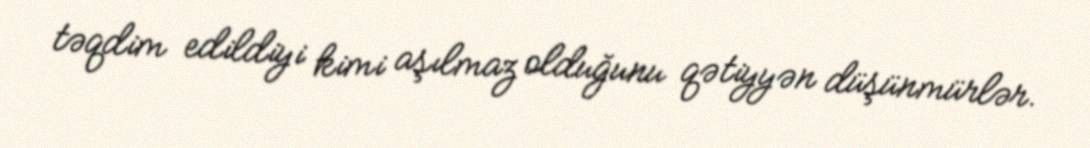
təqdim edildiyi kimi aşılmaz olduğunu qətiyyən düşünmürlər.